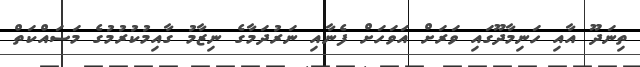
ތިނަދޫ އާއި ހަނިމާދޫގައި ވަރަށް އަވަހަށް ފެނާއި ނަރުދަމާގެ ނިޒާމު ގާއިމުކުރުމުގެ މަސައްކަތް